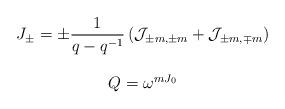
LaTeX: \begin{align*}\begin{array}{c}J_{\pm}=\displaystyle\pm\frac{1}{q-q^{-1}}\left({\cal J}_{\pm m,\pm m}+{\cal J}_{\pm m,\mp m}\right)\\\\Q=\omega^{mJ_0}\\\end{array}\end{align*}